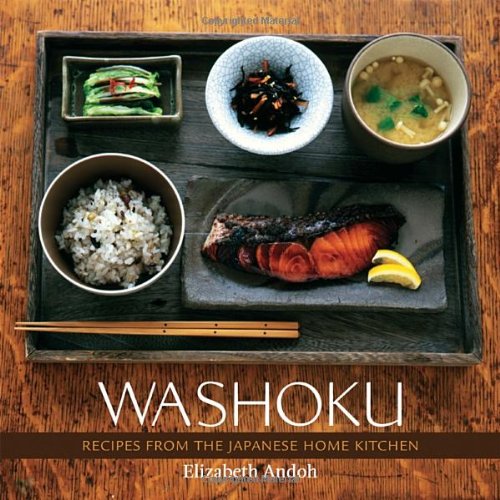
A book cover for Washoku: Recipes from the Japanese Home Kitchen; Elizabeth Andoh; Cookbooks, Food & Wine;